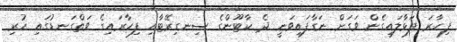
ފިހާރަ ފަޅާލައިގެން ވަގަށް ނަގާފައިވަނީ ދެ ކާޓޫންގެ ސިނގިރޭޓާއި ފިހާރައިގެ ވަތްގަނޑުގައި ހުރި